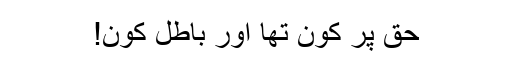
حق پر کون تھا اور باطل کون!